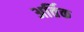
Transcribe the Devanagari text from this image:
अर्तिक